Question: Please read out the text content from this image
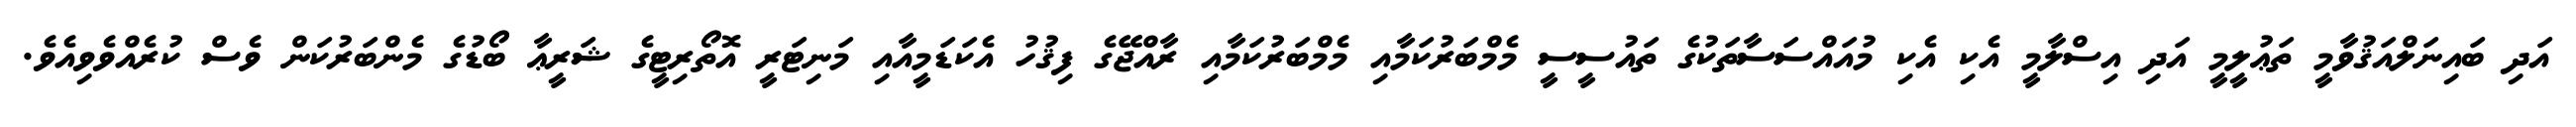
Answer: އަދި ބައިނަލްއަޤުވާމީ ތަޢުލީމީ އަދި އިސްލާމީ އެކި އެކި މުއައްސަސާތަކުގެ ތައުސީސީ މެމްބަރުކަމާއި މެމްބަރުކަމާއި ރާއްޖޭގެ ފިޤުހު އެކަޑަމީއާއި މަނިޓަރީ އޮތޯރިޓީގެ ޝަރީޢާ ބޯޑުގެ މެންބަރުކަން ވެސް ކުރެއްވެވިއެވެ.